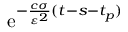
\mathrm { e } ^ { - \frac { c \sigma } { \varepsilon ^ { 2 } } ( t - s - t _ { p } ) }